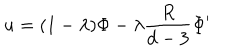
LaTeX: u = ( 1 - \lambda ) \Phi - \lambda \frac { R } { d - 3 } \Phi ^ { \prime }